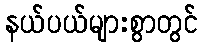
နယ်ပယ်များစွာတွင်